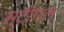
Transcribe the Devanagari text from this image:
स्टीगल